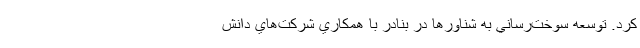
کرد. توسعه سوخت‌رساني به شناورها در بنادر با همكاري شركت‌هاي دانش